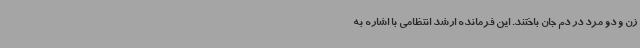
زن و دو مرد در دم جان باختند. این فرمانده ارشد انتظامی با اشاره به